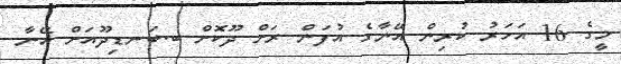
މީގެ 16 އަހަރު ކުރިން އޭނާގެ އުފަން ރަށް ދޫކޮށް ބ.ބަނޑިދޫއަށް އޭނާ